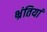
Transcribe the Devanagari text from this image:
भ्रंतियां